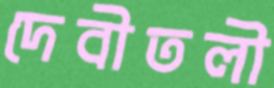
দেবীতলী